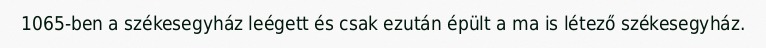
1065-ben a székesegyház leégett és csak ezután épült a ma is létező székesegyház.